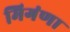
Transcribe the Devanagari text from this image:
मिगंणा